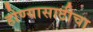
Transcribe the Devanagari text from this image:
होण्यासाठीचा